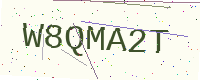
Text: W8QMA2T